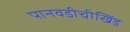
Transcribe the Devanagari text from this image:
पानवडीचीखिंड